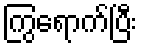
ကြွရောက်ပြီး